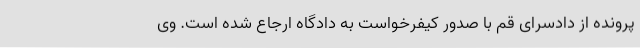
پرونده از دادسرای قم با صدور کیفرخواست به دادگاه ارجاع شده است. وی